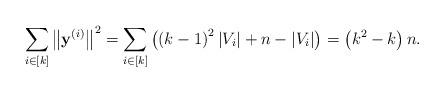
LaTeX: \begin{align*}\sum\limits_{i\in\left[ k\right] }\left\Vert \mathbf{y}^{(i)}\right\Vert^{2}=\sum\limits_{i\in\left[ k\right] }\left( \left( k-1\right)^{2}\left\vert V_{i}\right\vert +n-\left\vert V_{i}\right\vert \right)=\left( k^{2}-k\right) n.\end{align*}